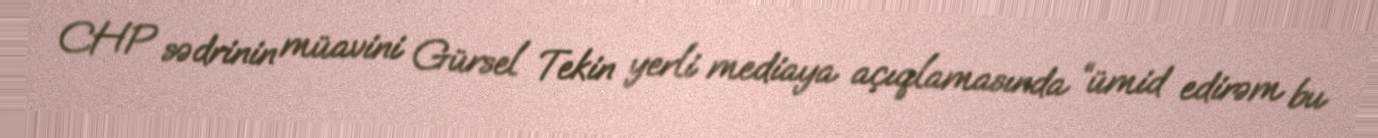
CHP sədrinin müavini Gürsel Tekin yerli mediaya açıqlamasında “ümid edirəm bu